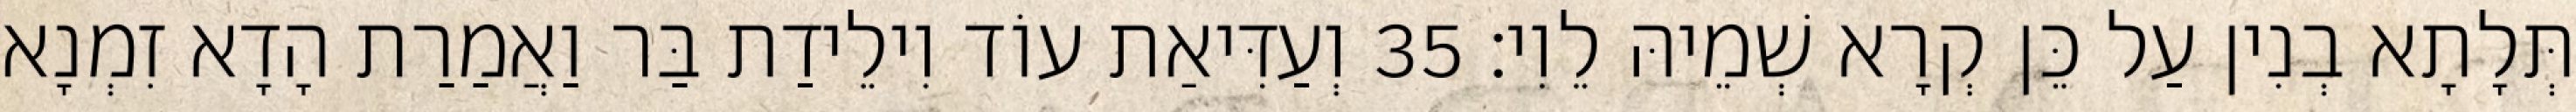
תְּלָתָא בְנִין עַל כֵּן קְרָא שְׁמֵיהּ לֵוִי׃ 35 וְעַדִּיאַת עוֹד וִילֵידַת בַּר וַאֲמַרַת הָדָא זִמְנָא